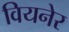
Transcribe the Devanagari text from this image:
वियनेर